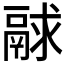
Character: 𩰻